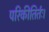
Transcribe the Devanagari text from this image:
परिकीतिर्तः।